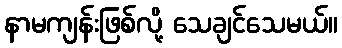
နာမကျန်းဖြစ်လို့ သေချင်သေမယ်။